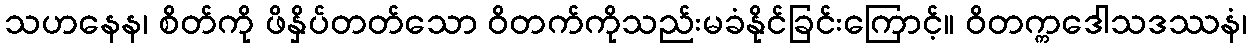
သဟနေန၊ စိတ်ကို ဖိနှိပ်တတ်သော ဝိတက်ကိုသည်းမခံနိုင်ခြင်းကြောင့်။ ဝိတက္ကဒေါသဒဿနံ၊